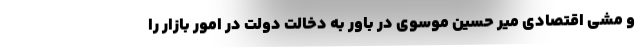
و مشی اقتصادی میر حسین موسوی در باور به دخالت دولت در امور بازار را